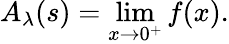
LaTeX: A_{\lambda}(s)=\operatorname*{lim}_{x\rightarrow 0^{+}}f(x).